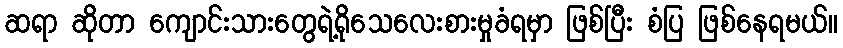
ဆရာ ဆိုတာ ကျောင်းသားတွေရဲ့ရိုသေလေးစားမှုခံရမှာ ဖြစ်ပြီး စံပြ ဖြစ်နေရမယ်။